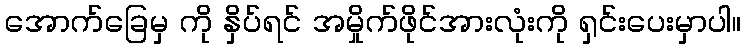
အောက်ခြေမှ ကို နှိပ်ရင် အမှိုက်ဖိုင်အားလုံးကို ရှင်းပေးမှာပါ။